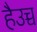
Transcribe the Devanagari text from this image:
हैउच्च